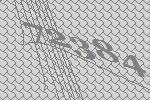
72384